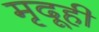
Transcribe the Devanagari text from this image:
मृदूही